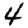
Digit: 4